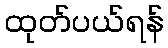
ထုတ်ပယ်ရန်